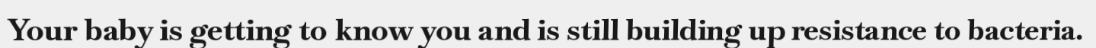
Your baby is getting to know you and is still building up resistance to bacteria.